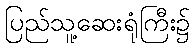
ပြည်သူ့ဆေးရုံကြီး၌